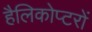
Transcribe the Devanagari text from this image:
हैलिकोप्‍टरों